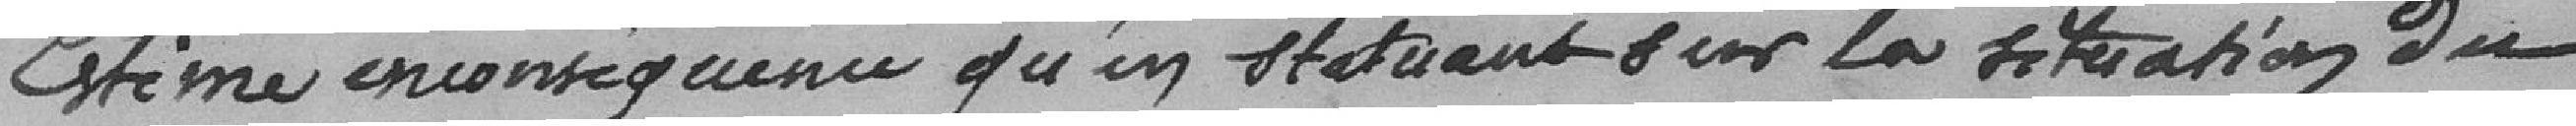
Estime en conséquence qu'en statuant sur la situation du